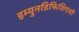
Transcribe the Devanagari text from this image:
इम्युनडिफिशिएंशी